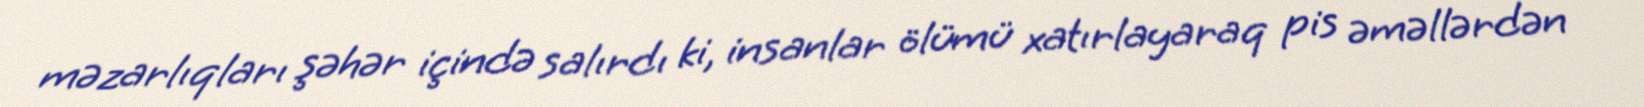
məzarlıqları şəhər içində salırdı ki, insanlar ölümü xatırlayaraq pis əməllərdən